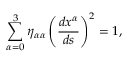
\sum _ { \alpha = 0 } ^ { 3 } \eta _ { \alpha \alpha } \left( \frac { d x ^ { \alpha } } { d s } \right) ^ { 2 } = 1 ,